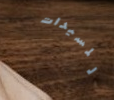
للسيدات